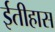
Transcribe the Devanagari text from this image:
ईतीहास